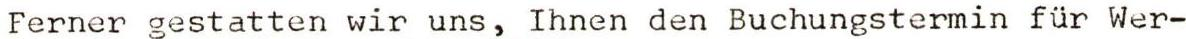
Ferner gestatten wir uns, Ihnen den Buchungstermin für Wer-